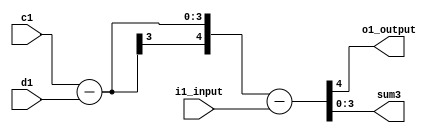
module subr(input [2:0]c1,
            input [2:0]d1,
            input i1_input,
            output reg o1_output,
            output reg [3:0]sum3);
  always@(c1 or d1 or i1_input) begin
    {o1_output, sum3}=c1-(d1)-(i1_input);
  end
endmodule